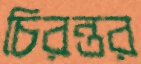
চিরন্তর